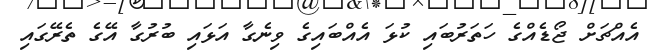
އެއްޗަށް ޖޯޑެއްގެ ހަތަރުބައި ކުޅަ އެއްބައިގެ ވިނެގާ އަޅައި ބުރުގާ އޭގެ ތެރޭގައި